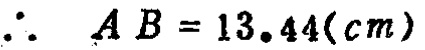
\(\therefore\ AB = 13.44(cm)\)